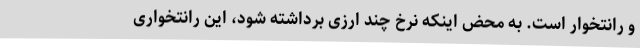
و رانتخوار است. به محض اینکه نرخ چند ارزی برداشته شود، این رانتخواری